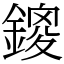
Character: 鎫